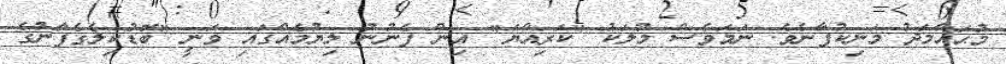
މުޙައްމަދު މަނިކުފާނެވެ. ނަމަވެސް މުލަކު "ކަރިއްޔަ" އިން ފެނުނު ލިޔުމެއްގައި ވަނީ "ބޮޑުކިލެގެފާނުގެ